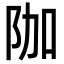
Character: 𮤿